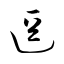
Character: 逗